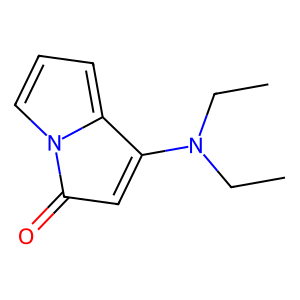
SMILES: CCN(CC)C1=CC(=O)n2cccc21
Inhibits HIV replication: No